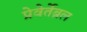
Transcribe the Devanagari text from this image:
प्रेवेर्तेब्रल